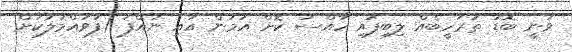
ވަނީ ބޮޑު ތަރުހީބެއް ލިބިފައި ހާއްސަ ކޮށް އަމަން އާއި ނައްފަ (ފުވައްމުލަކަށް